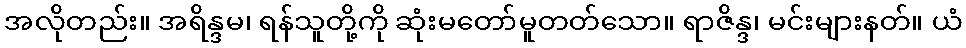
အလိုတည်း။ အရိန္ဒမ၊ ရန်သူတို့ကို ဆုံးမတော်မူတတ်သော။ ရာဇိန္ဒ၊ မင်းများနတ်။ ယံ